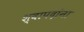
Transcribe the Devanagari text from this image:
श्वापदांना